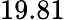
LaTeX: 19.81